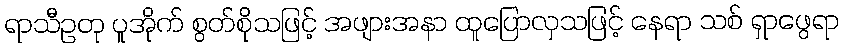
ရာသီဥတု ပူအိုက် စွတ်စိုသဖြင့် အဖျားအနာ ထူပြောလှသဖြင့် နေရာ သစ် ရှာဖွေရာ